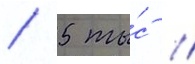
/ 5 ты́с //